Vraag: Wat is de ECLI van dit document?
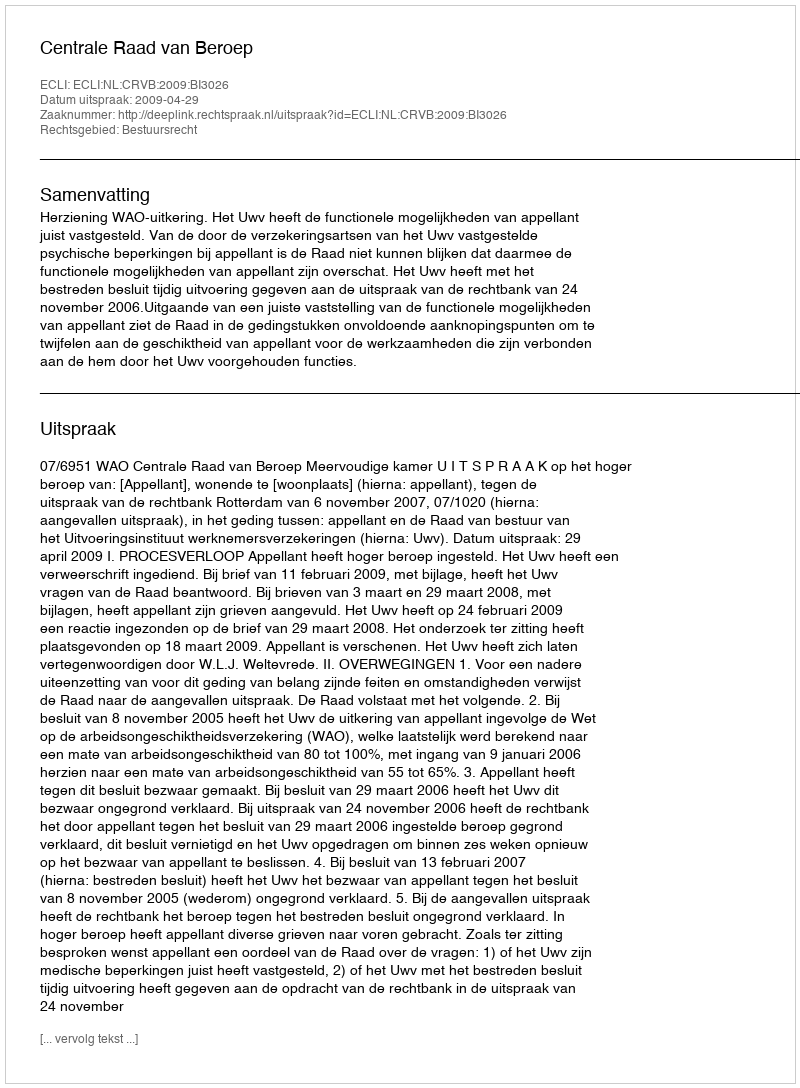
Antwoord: ECLI:NL:CRVB:2009:BI3026